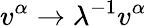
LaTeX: v^{\alpha}\rightarrow\lambda^{-1}v^{\alpha}